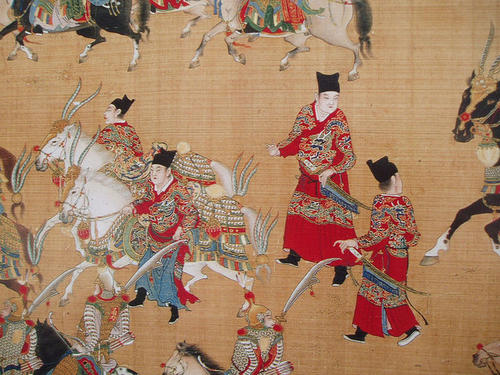
婿为燕国王，身被诏狱加。